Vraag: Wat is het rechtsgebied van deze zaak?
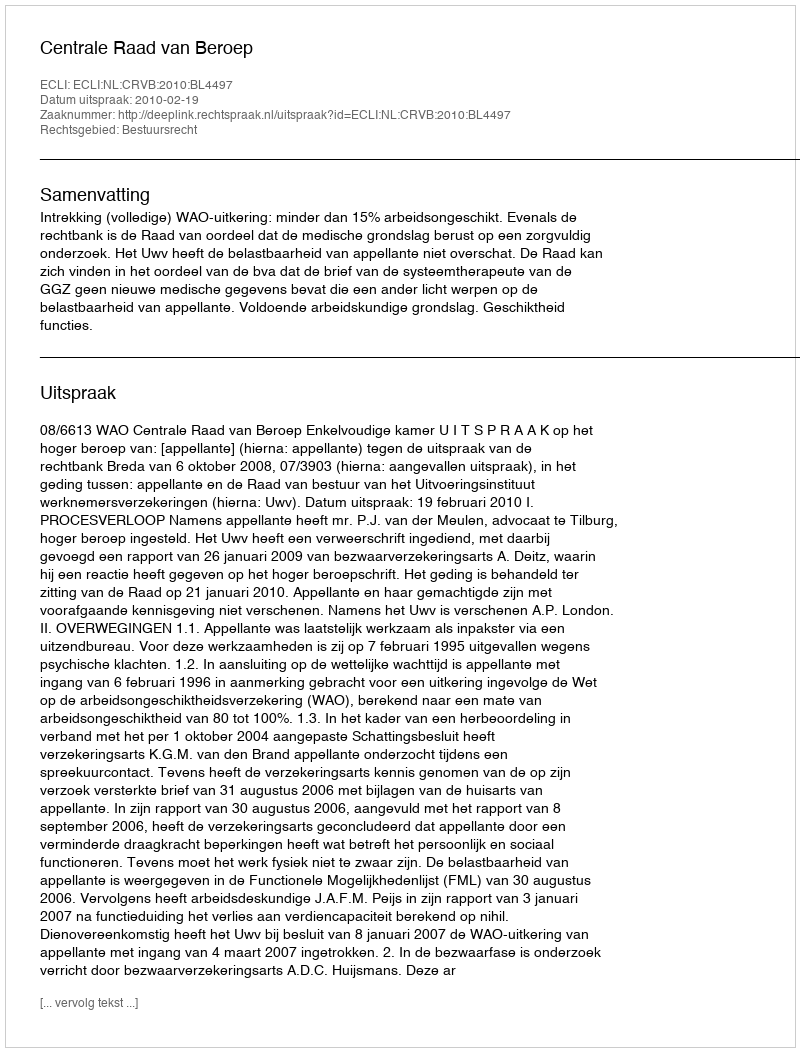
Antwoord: Bestuursrecht